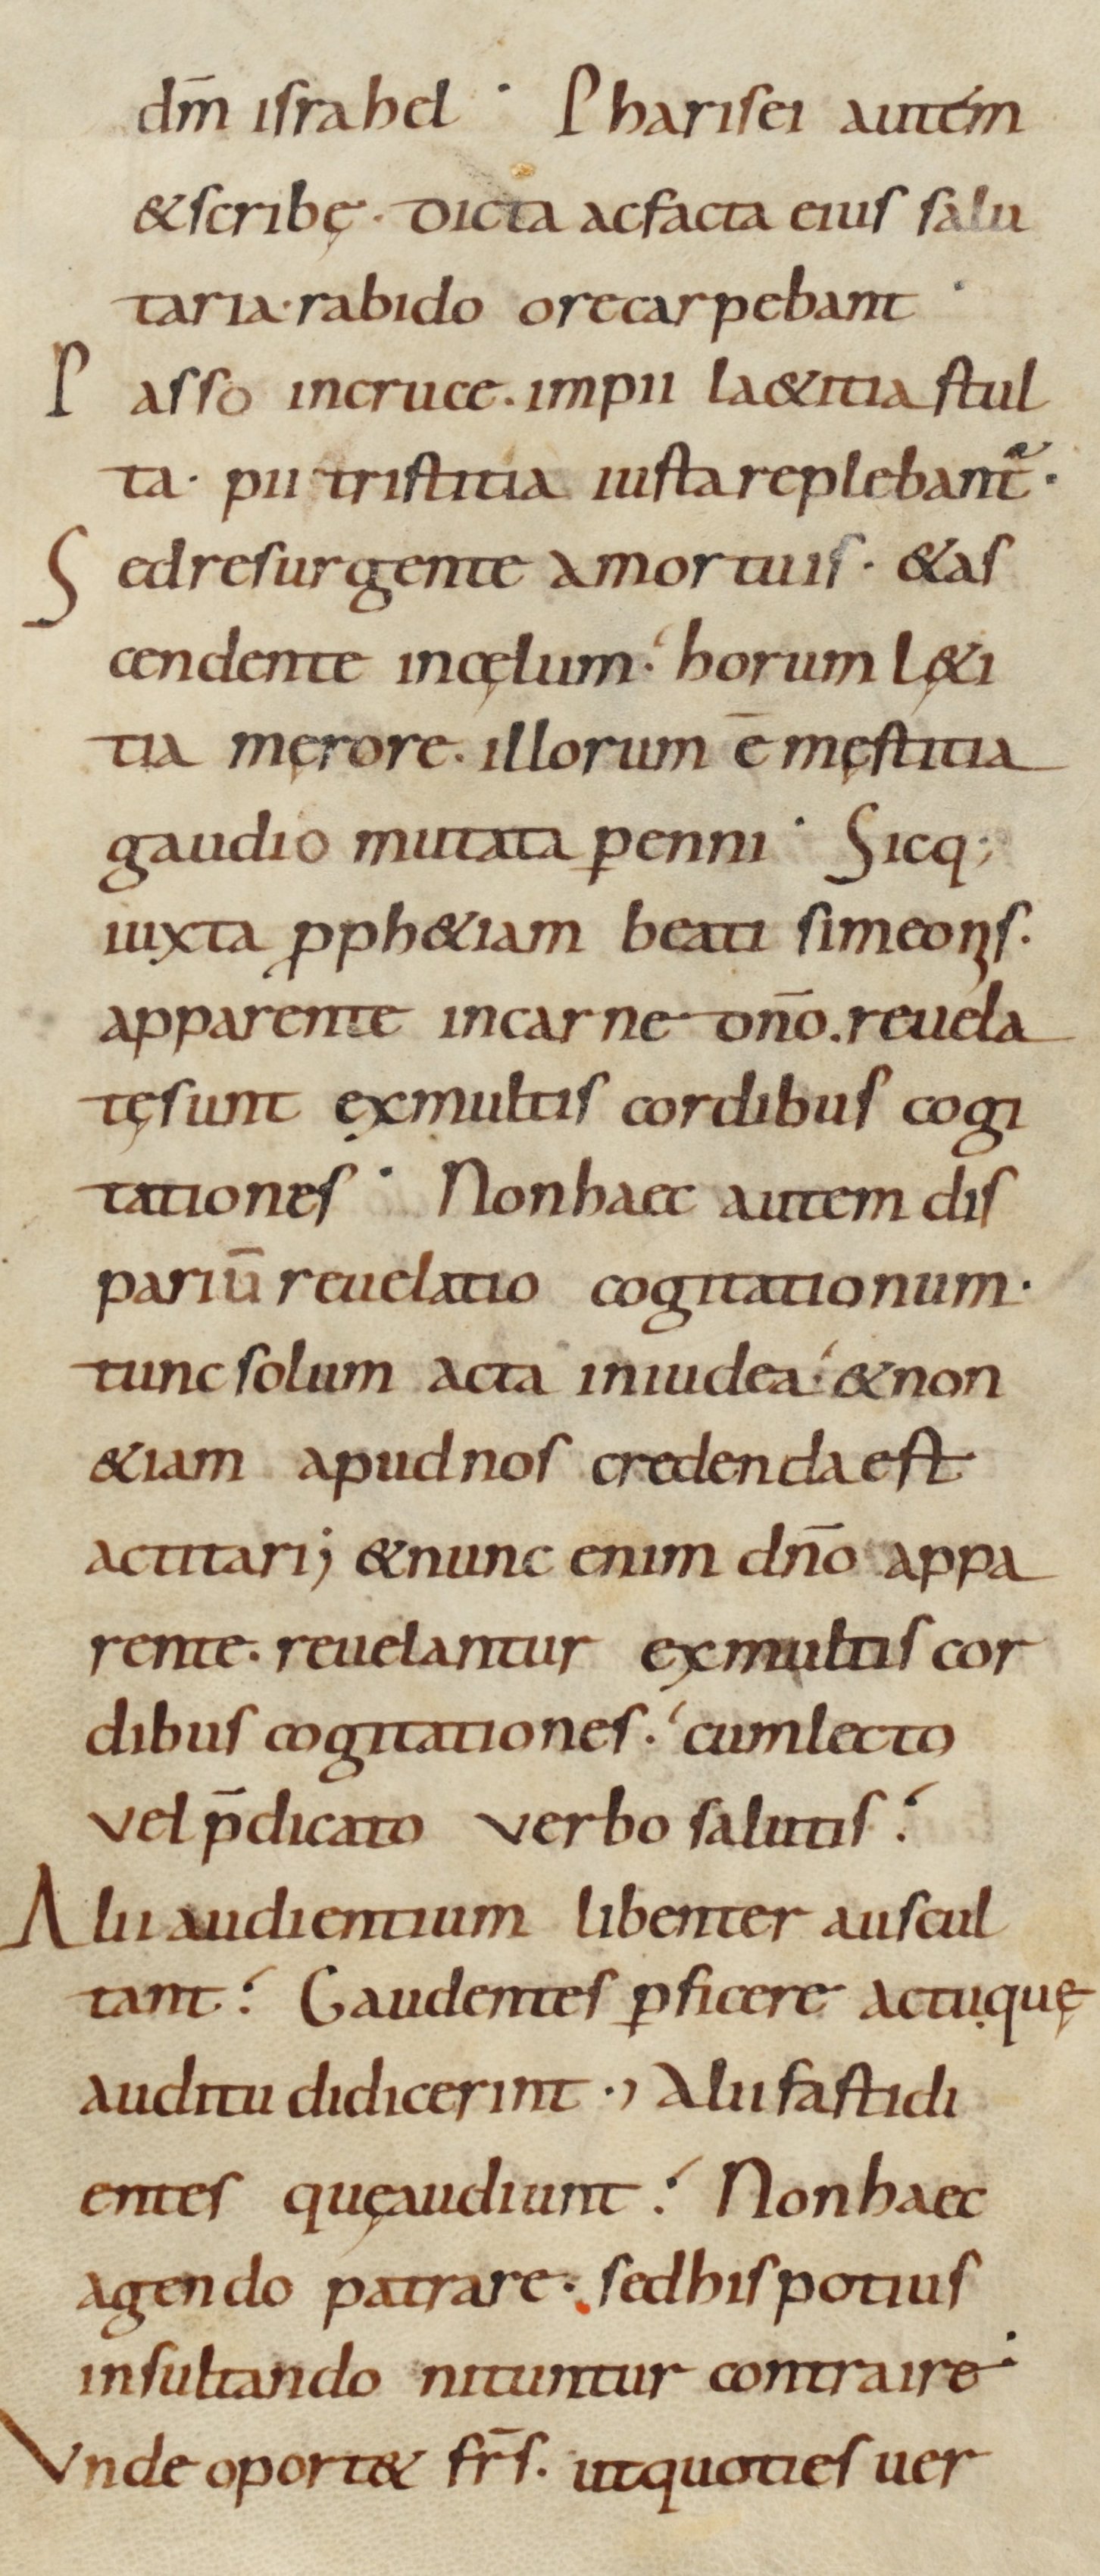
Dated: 900–930